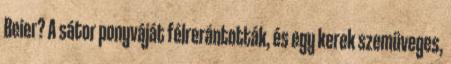
Beier? A sátor ponyváját félrerántották, és egy kerek szemüveges,